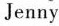
Jenny